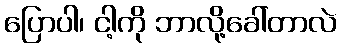
ပြောပါ၊ ငါ့ကို ဘာလို့ခေါ်တာလဲ